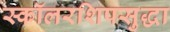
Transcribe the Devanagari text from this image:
स्कॉलरशिपसुद्धा